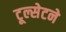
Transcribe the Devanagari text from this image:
टूल्सेटने